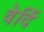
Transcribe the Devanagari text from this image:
वेर्दि